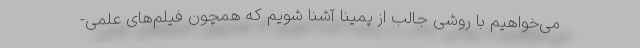
می‌خواهیم با روشی جالب از پمینا آشنا شویم که همچون فیلم‌های علمی-